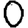
Digit: 0